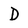
Character: D